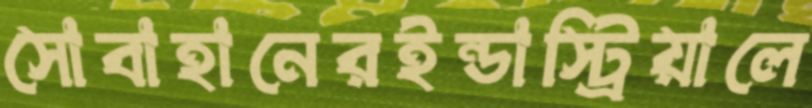
সোবাহানেরইন্ডাস্ট্রিয়ালে